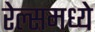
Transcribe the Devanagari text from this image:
रेल्समध्ये